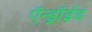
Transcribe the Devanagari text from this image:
ऍन्ड्रॉईड